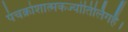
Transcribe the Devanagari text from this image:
पंचक्रोशात्मकज्योतिर्लिगहै।